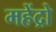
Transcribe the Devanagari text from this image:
महेंद्रो